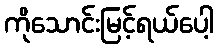
ကိုသောင်းမြင့်ရယ်ပေါ့